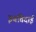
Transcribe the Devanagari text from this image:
इबतिदाई